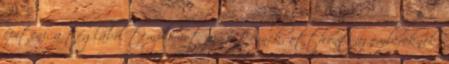
építeni, a téglából templomot az Istennek, otthont az embereknek.